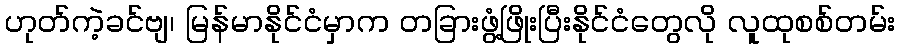
ဟုတ်ကဲ့ခင်ဗျ၊ မြန်မာနိုင်ငံမှာက တခြားဖွံ့ဖြိုးပြီးနိုင်ငံတွေလို လူထုစစ်တမ်း